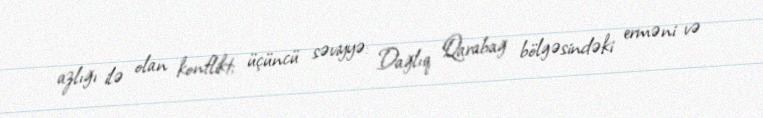
azlığı ilə olan konflikt; üçüncü səviyyə: Dağlıq Qarabağ bölgəsindəki erməni və